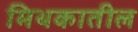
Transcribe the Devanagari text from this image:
मिथकातील